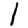
Digit: 1